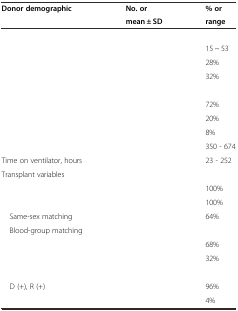
<table><thead><tr><td rowspan="2"><b>Donor demographic</b></td><td><b>No. or</b></td><td><b>% or</b></td></tr><tr><td><b>mean ± SD</b></td><td><b>range</b></td></tr></thead><tbody><tr><td>[EMPTY_CELL]</td><td>[EMPTY_CELL]</td><td>[EMPTY_CELL]</td></tr><tr><td>[EMPTY_CELL]</td><td>[EMPTY_CELL]</td><td>15 ~ 53</td></tr><tr><td>[EMPTY_CELL]</td><td>[EMPTY_CELL]</td><td>28%</td></tr><tr><td>[EMPTY_CELL]</td><td>[EMPTY_CELL]</td><td>32%</td></tr><tr><td>[EMPTY_CELL]</td><td>[EMPTY_CELL]</td><td>[EMPTY_CELL]</td></tr><tr><td>[EMPTY_CELL]</td><td>[EMPTY_CELL]</td><td>72%</td></tr><tr><td>[EMPTY_CELL]</td><td>[EMPTY_CELL]</td><td>20%</td></tr><tr><td>[EMPTY_CELL]</td><td>[EMPTY_CELL]</td><td>8%</td></tr><tr><td>[EMPTY_CELL]</td><td>[EMPTY_CELL]</td><td>350 - 674</td></tr><tr><td>Time on ventilator, hours</td><td>[EMPTY_CELL]</td><td>23 - 252</td></tr><tr><td>Transplant variables</td><td>[EMPTY_CELL]</td><td>[EMPTY_CELL]</td></tr><tr><td>[EMPTY_CELL]</td><td>[EMPTY_CELL]</td><td>100%</td></tr><tr><td>[EMPTY_CELL]</td><td>[EMPTY_CELL]</td><td>100%</td></tr><tr><td> Same-sex matching</td><td>[EMPTY_CELL]</td><td>64%</td></tr><tr><td> Blood-group matching</td><td>[EMPTY_CELL]</td><td>[EMPTY_CELL]</td></tr><tr><td>[EMPTY_CELL]</td><td>[EMPTY_CELL]</td><td>68%</td></tr><tr><td>[EMPTY_CELL]</td><td>[EMPTY_CELL]</td><td>32%</td></tr><tr><td>[EMPTY_CELL]</td><td>[EMPTY_CELL]</td><td>[EMPTY_CELL]</td></tr><tr><td> D (+), R (+)</td><td>[EMPTY_CELL]</td><td>96%</td></tr><tr><td>[EMPTY_CELL]</td><td>[EMPTY_CELL]</td><td>4%</td></tr></tbody></table>